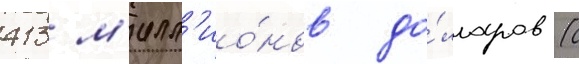
413 м'илл'ио́нов до́лларов (с